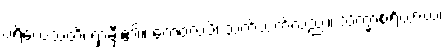
ပရိယေသတိ၊ ရှာမှီး၏။ ကေဝလံပိ၊ သက်သက်လည်း။ သိက္ခာစရိယာယ၊